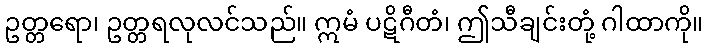
ဥတ္တရော၊ ဥတ္တရလုလင်သည်။ ဣမံ ပဋိဂီတံ၊ ဤသီချင်းတုံ့ ဂါထာကို။